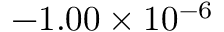
- 1 . 0 0 \times 1 0 ^ { - 6 }